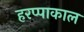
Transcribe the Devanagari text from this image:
हरप्पाकाल